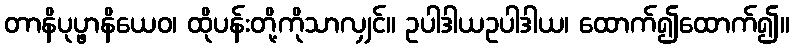
တာနိပုပ္ဖာနိယေဝ၊ ထိုပန်းတို့ကိုသာလျှင်။ ဥပါဒါယဥပါဒါယ၊ ထောက်၍ထောက်၍။